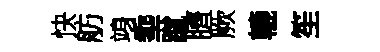
快舫竧埀蹴臍厥轆笙